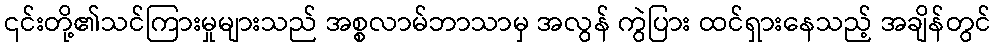
၎င်းတို့၏သင်ကြားမှုများသည် အစ္စလာမ်ဘာသာမှ အလွန် ကွဲပြား ထင်ရှားနေသည့် အချိန်တွင်